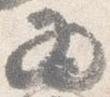
為